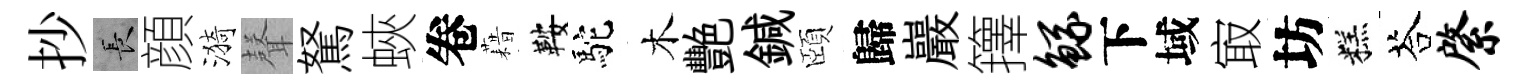
抄长顔漪𮋻駑蛺卷藉鞍駝木艷鍼頤歸巖籜鲧下域㝡坊糕荅綮